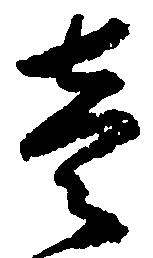
壱